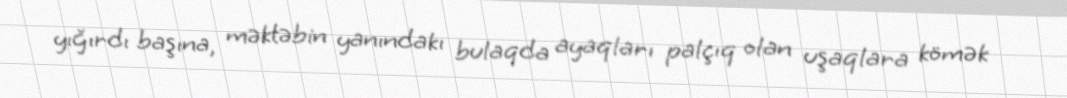
yığırdı başına, məktəbin yanındakı bulaqda ayaqları palçıq olan uşaqlara kömək